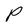
Character: P